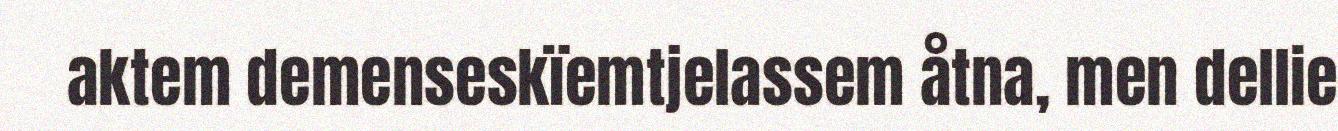
aktem demenseskïemtjelassem åtna, men dellie